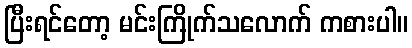
ပြီးရင်တော့ မင်းကြိုက်သလောက် ကစားပါ။